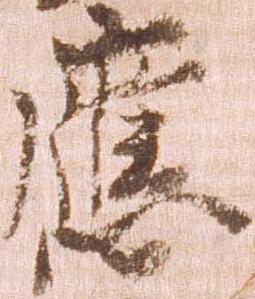
応